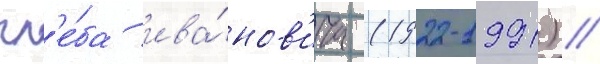
гл'е́ба ива́нов'ича (1922-1991) /